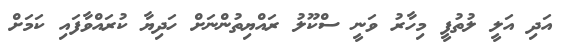
އަދި އަލީ ލުތުފީ މިހާރު ވަނީ ސްކޫލު ރައްޔިތުންނަށް ހަދިޔާ ކުރައްވާފައި ކަމަށް